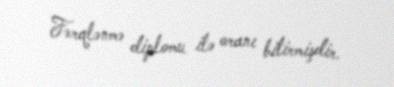
Fərqlənmə diplomu ilə oranı bitirmişdir.